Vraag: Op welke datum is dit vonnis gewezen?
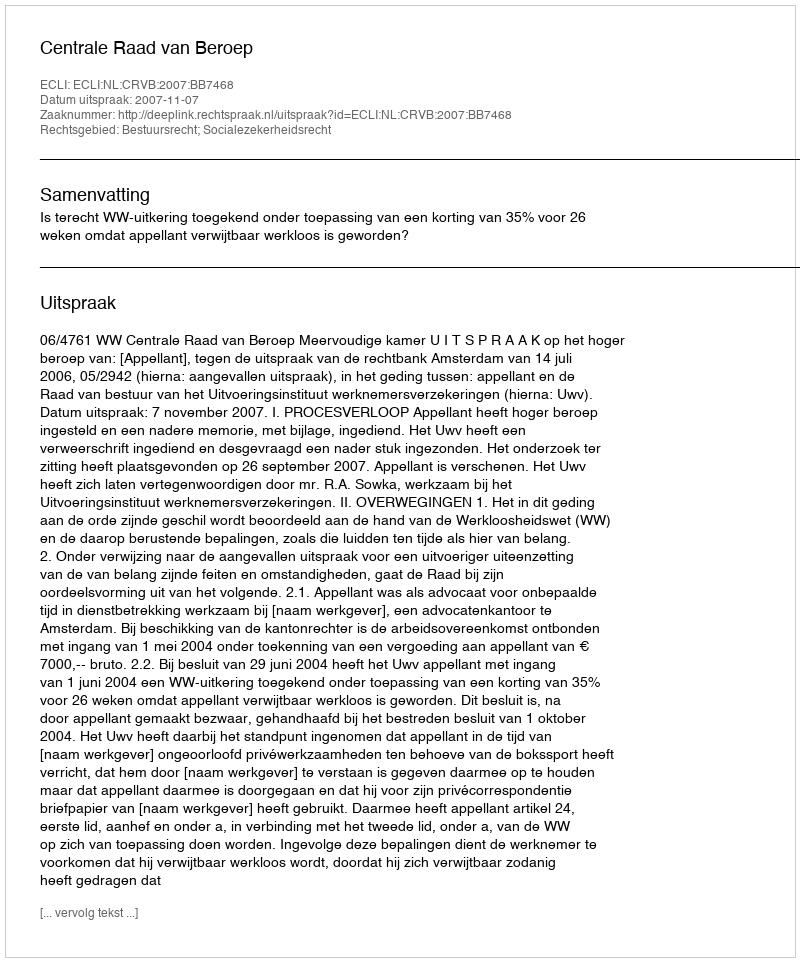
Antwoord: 2007-11-07